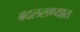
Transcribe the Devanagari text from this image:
बदललण्यात